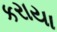
કરાયા